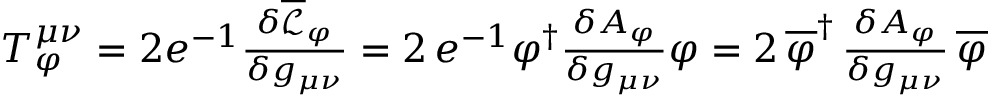
\begin{array} { r } { T _ { \varphi } ^ { \mu \nu } = 2 e ^ { - 1 } \frac { \delta \overline { { \mathcal { L } } } _ { \varphi } } { \delta g _ { \mu \nu } } = 2 \, e ^ { - 1 } \varphi ^ { \dag } \frac { \delta A _ { \varphi } } { \delta g _ { \mu \nu } } \varphi = 2 \, \overline { { \varphi } } ^ { \dag } \, \frac { \delta A _ { \varphi } } { \delta g _ { \mu \nu } } \, \overline { { \varphi } } } \end{array}